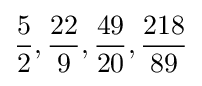
{\frac {5}{2}},{\frac {22}{9}},{\frac {49}{20}},{\frac {218}{89}}